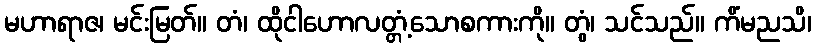
မဟာရာဇ၊ မင်းမြတ်။ တံ၊ ထိုငါဟောလတ္တံ့သောစကားကို။ တွံ၊ သင်သည်။ ကိံမညသိ၊